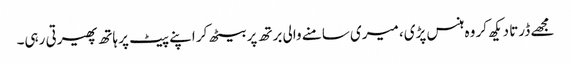
مجھے ڈرتا دیکھ کر وہ ہنس پڑی، میری سامنے والی برتھ پر بیٹھ کر اپنے پیٹ پر ہاتھ پھیرتی رہی۔